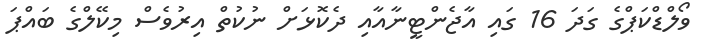
ވޯލްޑްކަޕްގެ ގަދަ 16 ގައި އާޖެންޓީނާއާއި ދެކޮޅަށް ނުކުތް އިރުވެސް މިކޭލްގެ ބައްޕަ